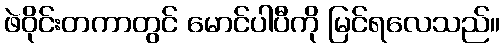
ဖဲဝိုင်းတကာတွင် မောင်ပါပီကို မြင်ရလေသည်။